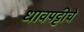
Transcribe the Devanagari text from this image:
धावपट्टीचे